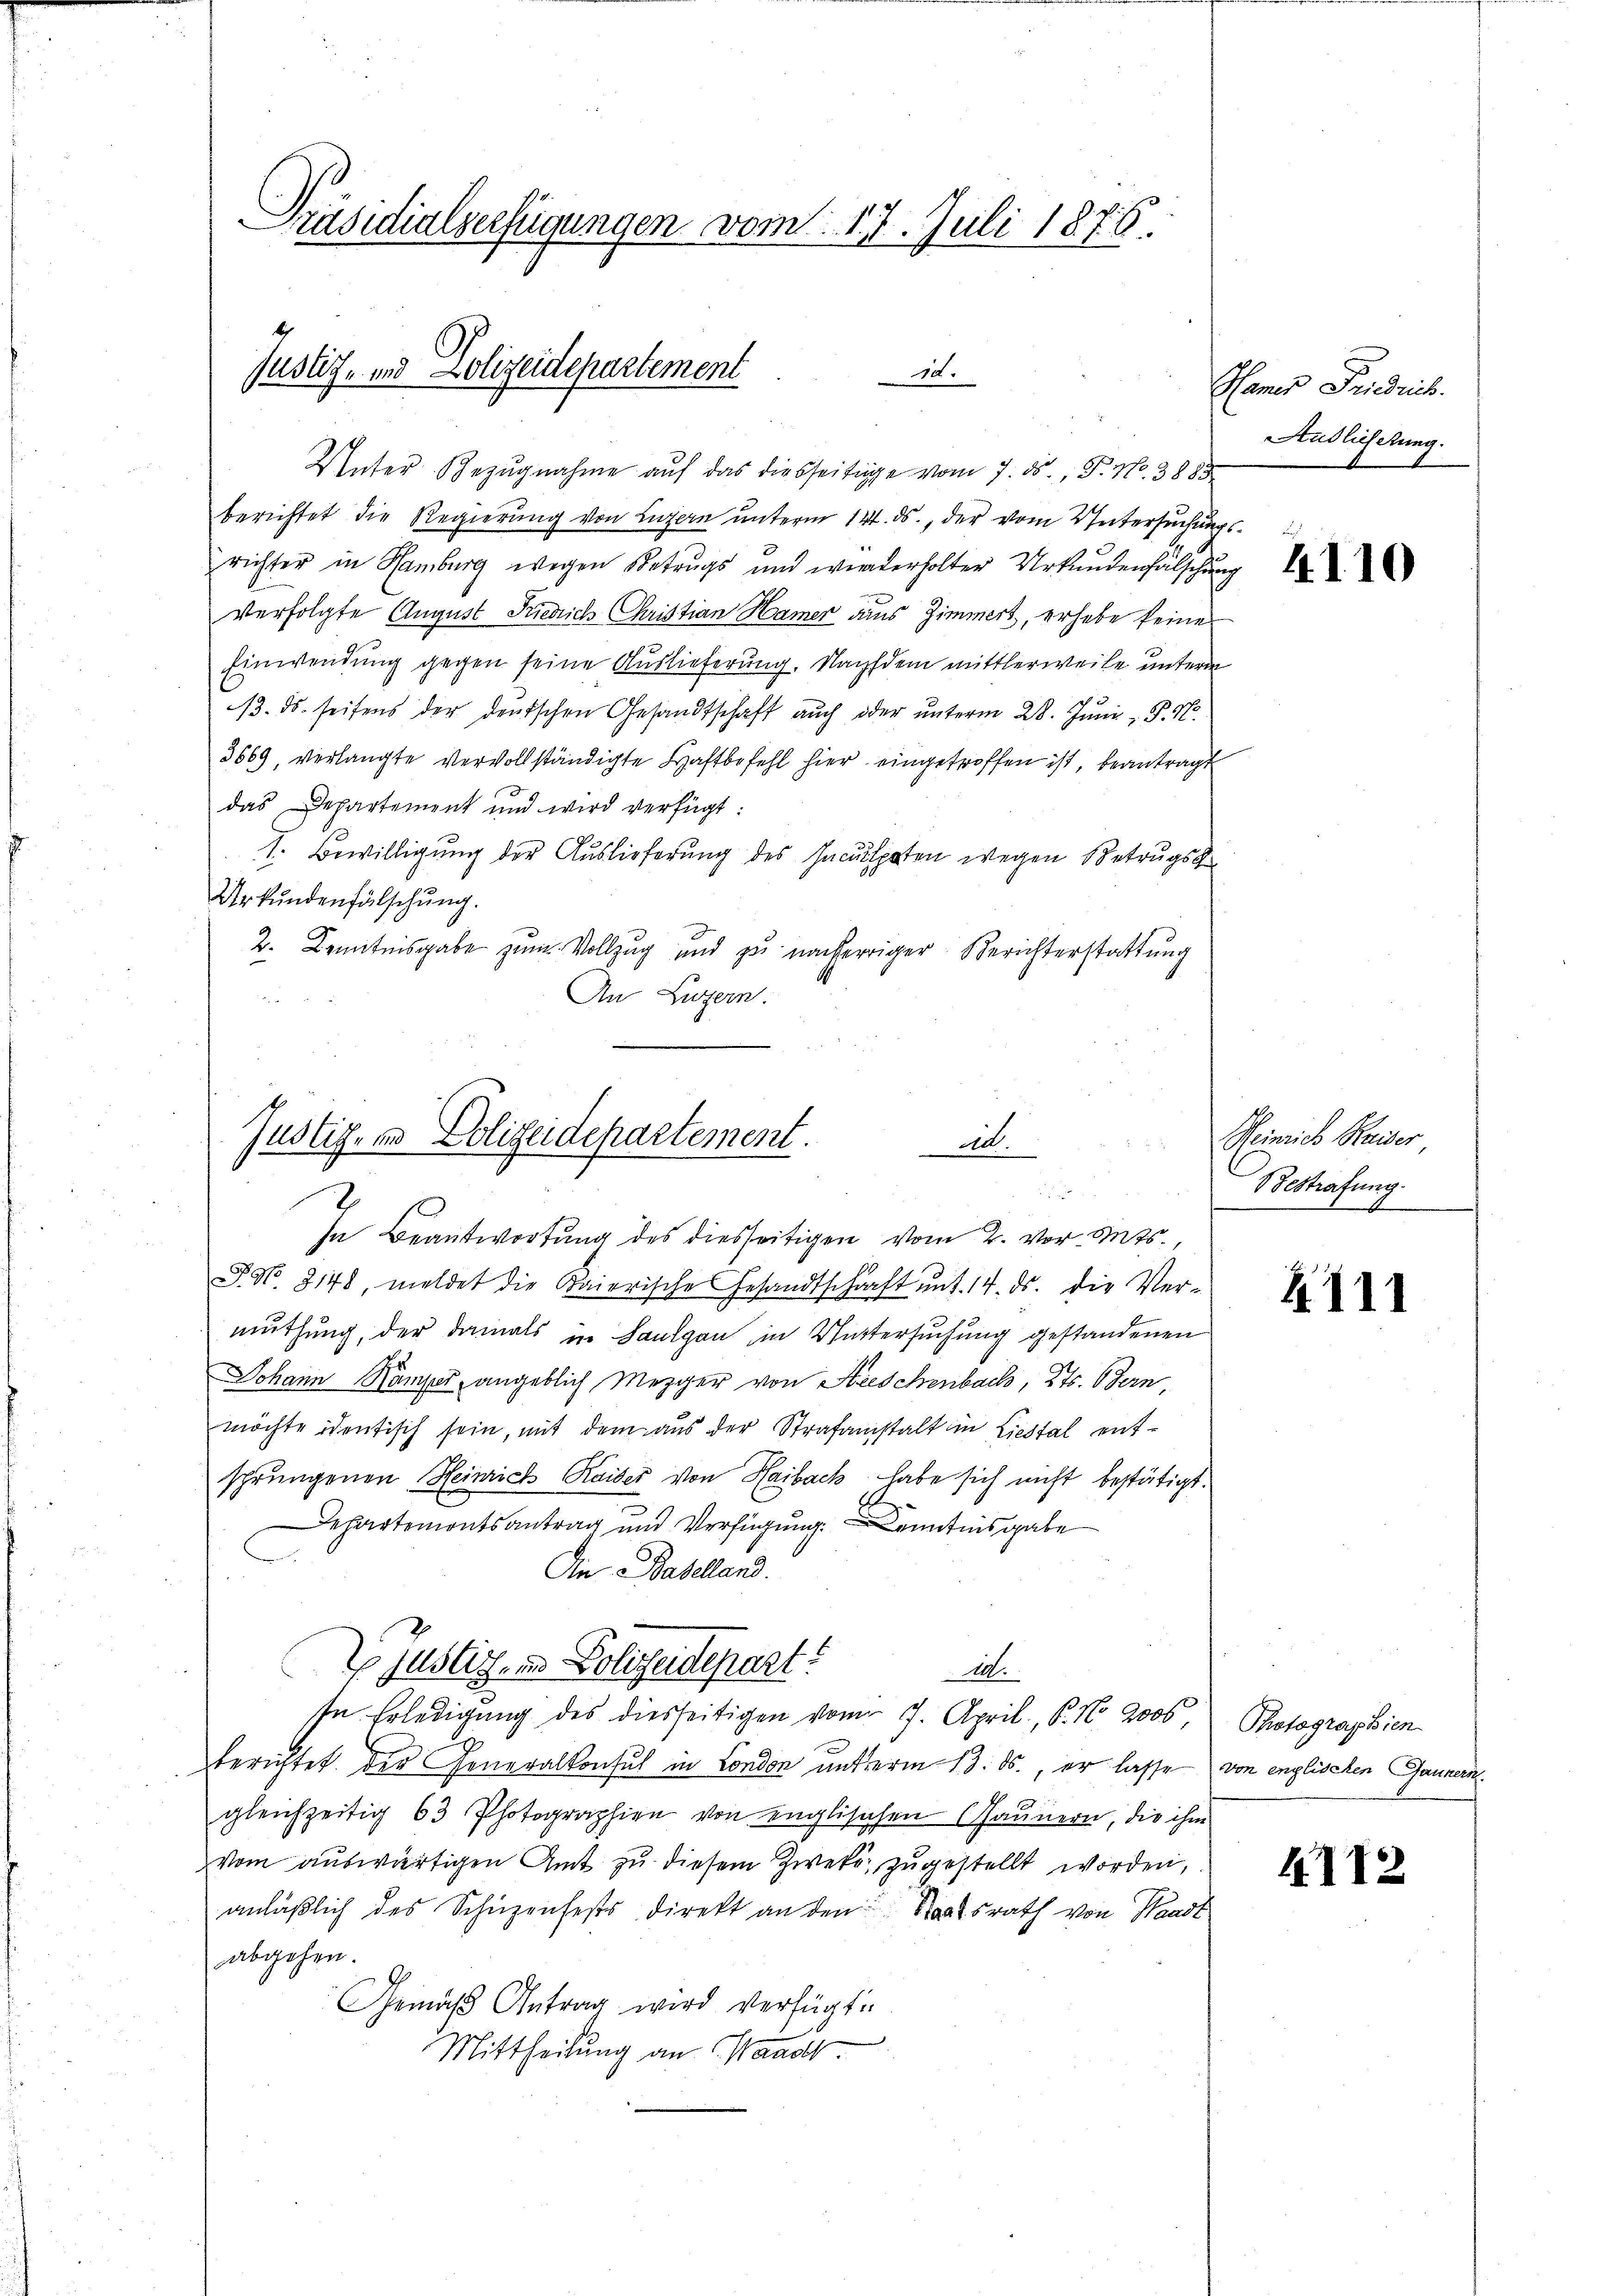
Präsidialverfügungen vom 17. Juli 1876.

Justiz- und Polizeidepartement
d.

Unter Bezŭgnahme aŭf das diesseitige vom 7. ds., F. No. 3883
berichtet die Regierung von Luzern unterm 14. ds., der vom Untersuchungsrichter in Hamburg wegen Betrugs und wiederholter Urkundenfälschung
verfolgte August Friedrich Christian Hamer aus Zimmert, erhebe keine
Einwendung gegen seine Auslieferung. Nachdem mittlerweile unterm
13. ds. seitens der deutschen Gesandtschaft auch oder ŭnterm 28. Jŭni  P. N
3669, verlangte vervollständigte Haftbefehl hier eingetroffen ist, beantragt
das Departement und wird verfügt:
1. Bewilligung der Auslieferung des Inculpaten wegen Betrugs
Urkundenfälschung.
2. Kenntnisgabe zum Vollzug und zu nacheriger Berichterstattung
An Luzern.

Justiz, in Polizeidepartement.
Al.
u
x

In Beantwortung des diesseitigen vom 2. vor. Mts.,
P. No. 3148, meldet die Kaierische Gesandtschärft ŭnt. 14. ds. die Ver-
muthung, der damals in Saulgau in Wittersuchung gestandenen
Johann Wamper, angeblich Mezger von Kreschenbach, Kts. Odern,
möchte identisch sein, mit dem aus der Strafanstalt in Liestal entsprungenen Heinrich Kaiser von Haibach habe sich nicht bestätigt.
Departemontsantrag und Verfügung Kenntnisgabe
An Baselland.
Es Justiz- und Polizeidepart?
20.
In Erledigŭng des diesseitigen vom 7. April, P. Nr. 2000, Photographien
berichtet der Generalkonsul in London unterm 13. ds., er lasse von englischen Jaunen
gleichzeitig 63 Photographien von englischen Gaunern, die ihm
vom auswärtigen Amt zu diesem Zweke zugestellt worden,
anläßlich des Schüzenfests direkt an den Staatsrath von Waadt
abgehen.
Gemäß Antrag wird verfügt:
Mittheilung an Waadt

Hamer Friedrich.
Sudlicherung.
l

4110

Heinrich Kaiser
Bestrafung.
.

4111

4112